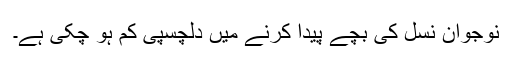
نوجوان نسل کی بچے پیدا کرنے میں دلچسپی کم ہو چکی ہے۔